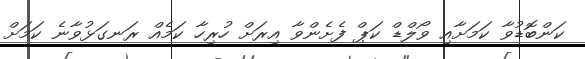
ކަންބޮޑުވާ ކަމަށާއި ވޯލްޑް ކަޕް ފެށެންވާ އިރަށް ހުރިހާ ކަމެއް ރަނގަޅުވާނެ ކަމަށް